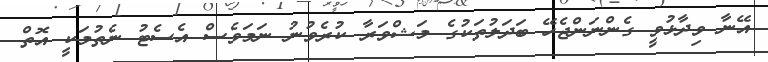
އޭނާ ވިދާޅުވީ ގެންނަންޖެހޭ ބަދަލުތަކުގެ މަޝްވަރާ ކުރެވުނު ނަމަވެސް އެސެޓު ނެތުމަކީ އޮތް